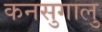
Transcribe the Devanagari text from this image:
कनसुगालु